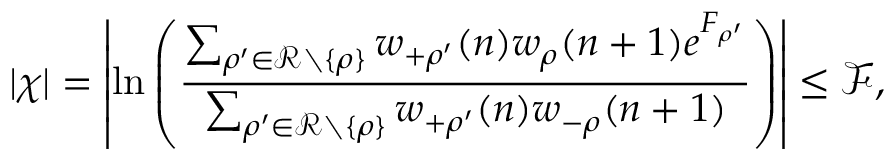
| \chi | = \left| \ln \left( \frac { \sum _ { \rho ^ { \prime } \in \mathcal { R } \setminus \{ \rho \} } w _ { + \rho ^ { \prime } } ( n ) w _ { \rho } ( n + 1 ) e ^ { F _ { \rho ^ { \prime } } } } { \sum _ { \rho ^ { \prime } \in \mathcal { R } \setminus \{ \rho \} } w _ { + \rho ^ { \prime } } ( n ) w _ { - \rho } ( n + 1 ) } \right) \right| \le { \mathcal F } ,